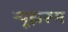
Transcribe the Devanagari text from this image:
न्यूझरूम